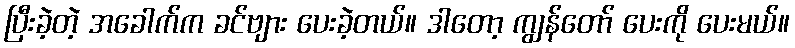
ပြီးခဲ့တဲ့ အခေါက်က ခင်ဗျား ပေးခဲ့တယ်။ ဒါတော့ ကျွန်တော် ပေးကို ပေးမယ်။